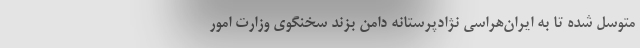
متوسل شده تا به ایران‌هراسی نژادپرستانه دامن بزند سخنگوی وزارت امور